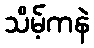
သိမ့်ကနဲ